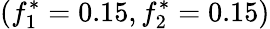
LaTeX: (f_{1}^{*}=0.15,f_{2}^{*}=0.15)